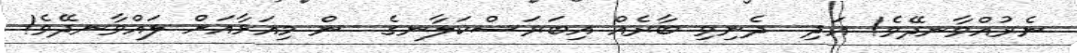
ނެރުއްވާނދޭވެ! އަދި  ދެނިވި ބާރެއް އިބަރަސްކަލާނގެ  ން މިއަޅާއަށް ލައްވާނދޭވެ!